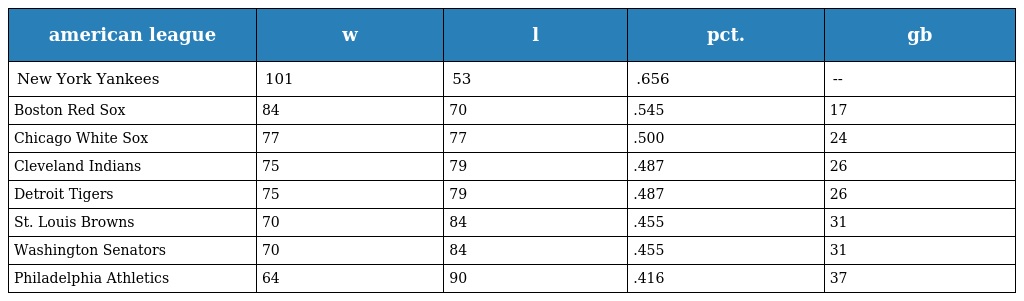
| american league | w | l | pct. | gb |
 | --- | --- | --- | --- | --- |
 | New York Yankees | 101 | 53 | .656 | -- |
 | Boston Red Sox | 84 | 70 | .545 | 17 |
 | Chicago White Sox | 77 | 77 | .500 | 24 |
 | Cleveland Indians | 75 | 79 | .487 | 26 |
 | Detroit Tigers | 75 | 79 | .487 | 26 |
 | St. Louis Browns | 70 | 84 | .455 | 31 |
 | Washington Senators | 70 | 84 | .455 | 31 |
 | Philadelphia Athletics | 64 | 90 | .416 | 37 |